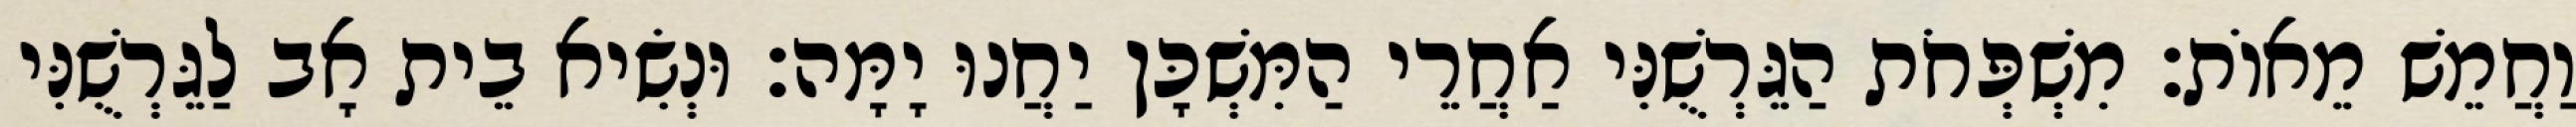
וַחֲמֵשׁ מֵאוֹת׃ מִשְׁפְּחֹת הַגֵּרְשֻׁנִּי אַחֲרֵי הַמִּשְׁכָּן יַחֲנוּ יָמָּה׃ וּנְשִׂיא בֵית אָב לַגֵּרְשֻׁנִּי